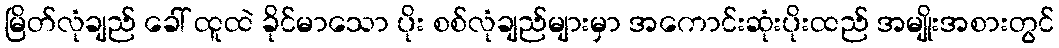
မြိတ်လုံချည် ခေါ် ထူထဲ ခိုင်မာသော ပိုး စစ်လုံချည်များမှာ အကောင်းဆုံးပိုးထည် အမျိုးအစားတွင်